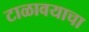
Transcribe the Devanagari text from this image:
टाळावयाचा